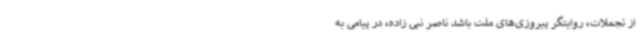
از تجملات، روایتگر پیروزی‌های ملت باشد ناصر نبی زاده، در پیامی به